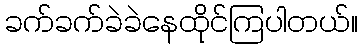
ခက်ခက်ခဲခဲနေထိုင်ကြပါတယ်။